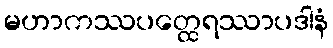
မဟာကဿပတ္ထေရဿာပဒါနံ